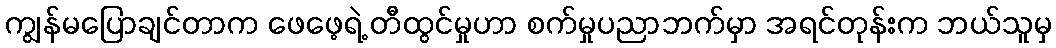
ကျွန်မပြောချင်တာက ဖေဖေ့ရဲ့ တီထွင်မှုဟာ စက်မှုပညာဘက်မှာ အရင်တုန်းက ဘယ်သူမှ